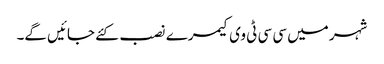
شہر میں سی سی ٹی وی کیمرے نصب کئے جائیں گے۔